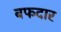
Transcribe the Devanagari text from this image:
बफदार